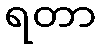
ရတာ